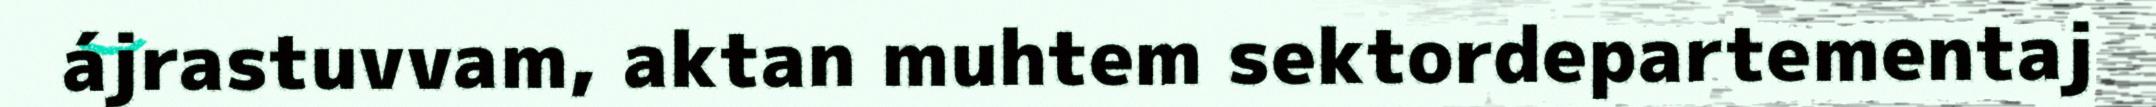
ájrastuvvam, aktan muhtem sektordepartementaj